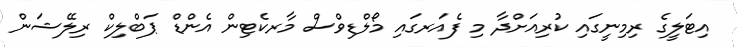
އިޓަލީގެ ރިމިނީގައި ކުރިއަށްދާ މި ފެއަރގައި މޯލްޑިވްސް މާރކެޓިން އެންޑް ޕަބްލިކް ރިލޭޝަން